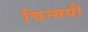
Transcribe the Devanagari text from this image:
चिन्मयी